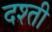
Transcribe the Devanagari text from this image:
दश्ती